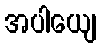
အပါယျေ